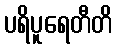
ပရိပူရေတီတိ